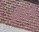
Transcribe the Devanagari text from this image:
रवींद्रांचे